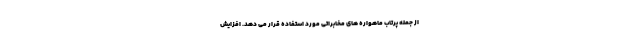
از جمله پرتاب ماهواره های مخابراتی مورد استفاده قرار می دهد. افزایش